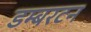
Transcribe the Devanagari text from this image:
डम्बरटन